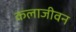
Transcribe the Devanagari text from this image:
कलाजीवन